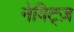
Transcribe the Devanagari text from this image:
नेविट्ज़